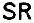
SR